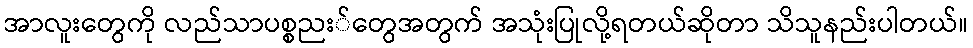
အာလူးတွေကို လည်သာပစ္စညး်တွေအတွက် အသုံးပြုလို့ရတယ်ဆိုတာ သိသူနည်းပါတယ်။